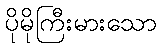
ပိုမိုကြီးမားသော